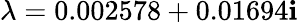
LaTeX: \lambda=0.002578+0.01694\mathbf{i}